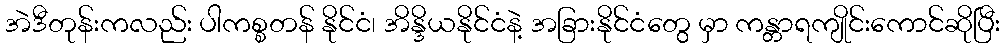
အဲဒီတုန်းကလည်း ပါကစ္စတန် နိုင်ငံ၊ အိန္ဒိယနိုင်ငံနဲ့ အခြားနိုင်ငံတွေ မှာ ကန္တာရကျိုင်းကောင်ဆိုပြီး